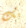
بك